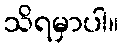
သိရမှာပါ။